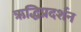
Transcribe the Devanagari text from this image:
ऋद्धिप्रदर्शन